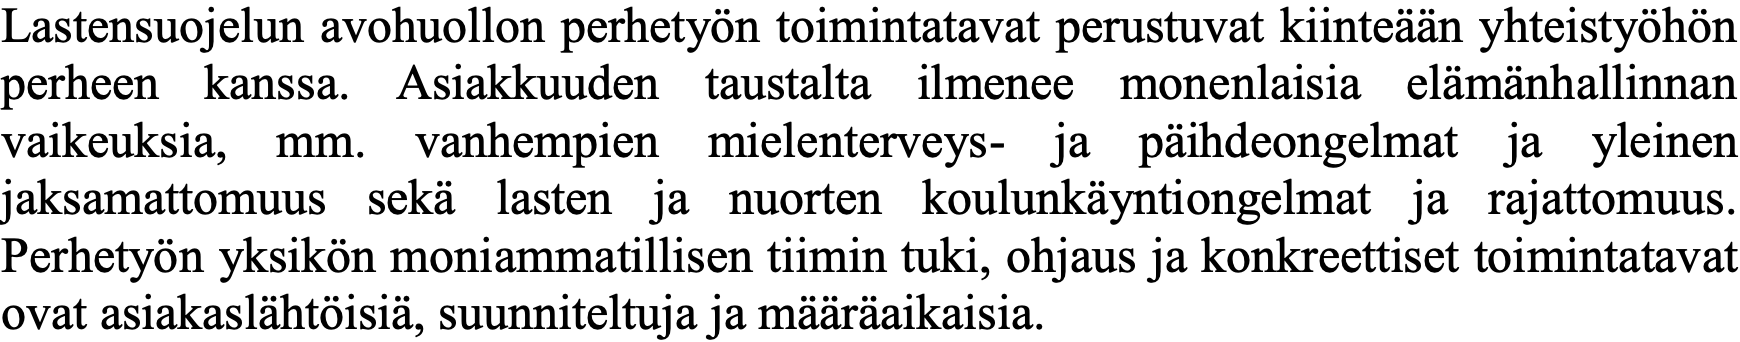
Lastensuojelun avohuollon perhetyön toimintatavat perustuvat kiinteään yhteistyöhön perheen kanssa. Asiakkuuden taustalta ilmenee monenlaisia elämänhallinnan vaikeuksia, mm. vanhempien mielenterveys- ja päihdeongelmat ja yleinen jaksamattomuus sekä lasten ja nuorten koulunkäyntiongelmat ja rajattomuus. Perhetyön yksikön moniammatillisen tiimin tuki, ohjaus ja konkreettiset toimintatavat ovat asiakaslähtöisiä, suunniteltuja ja määräaikaisia.